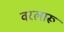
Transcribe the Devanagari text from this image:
वरलारू